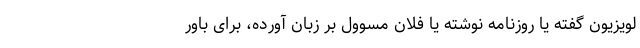
لویزیون گفته یا روزنامه نوشته یا فلان مسوول بر زبان آورده، برای باور